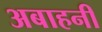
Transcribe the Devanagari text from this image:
अबाहनी